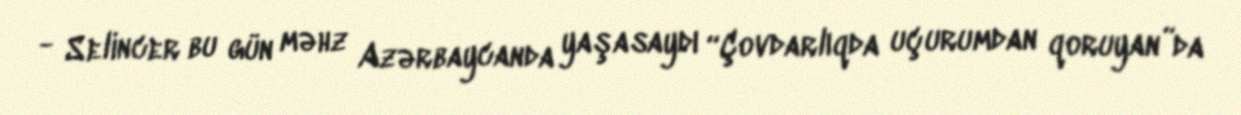
- Selincer bu gün məhz Azərbaycanda yaşasaydı “Çovdarlıqda uçurumdan qoruyan”da